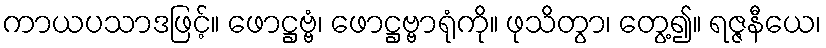
ကာယပသာဒဖြင့်။ ဖောဋ္ဌဗ္ဗံ၊ ဖောဋ္ဌဗ္ဗာရုံကို။ ဖုသိတွာ၊ တွေ့၍။ ရဇ္ဇနီယေ၊